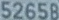
52658